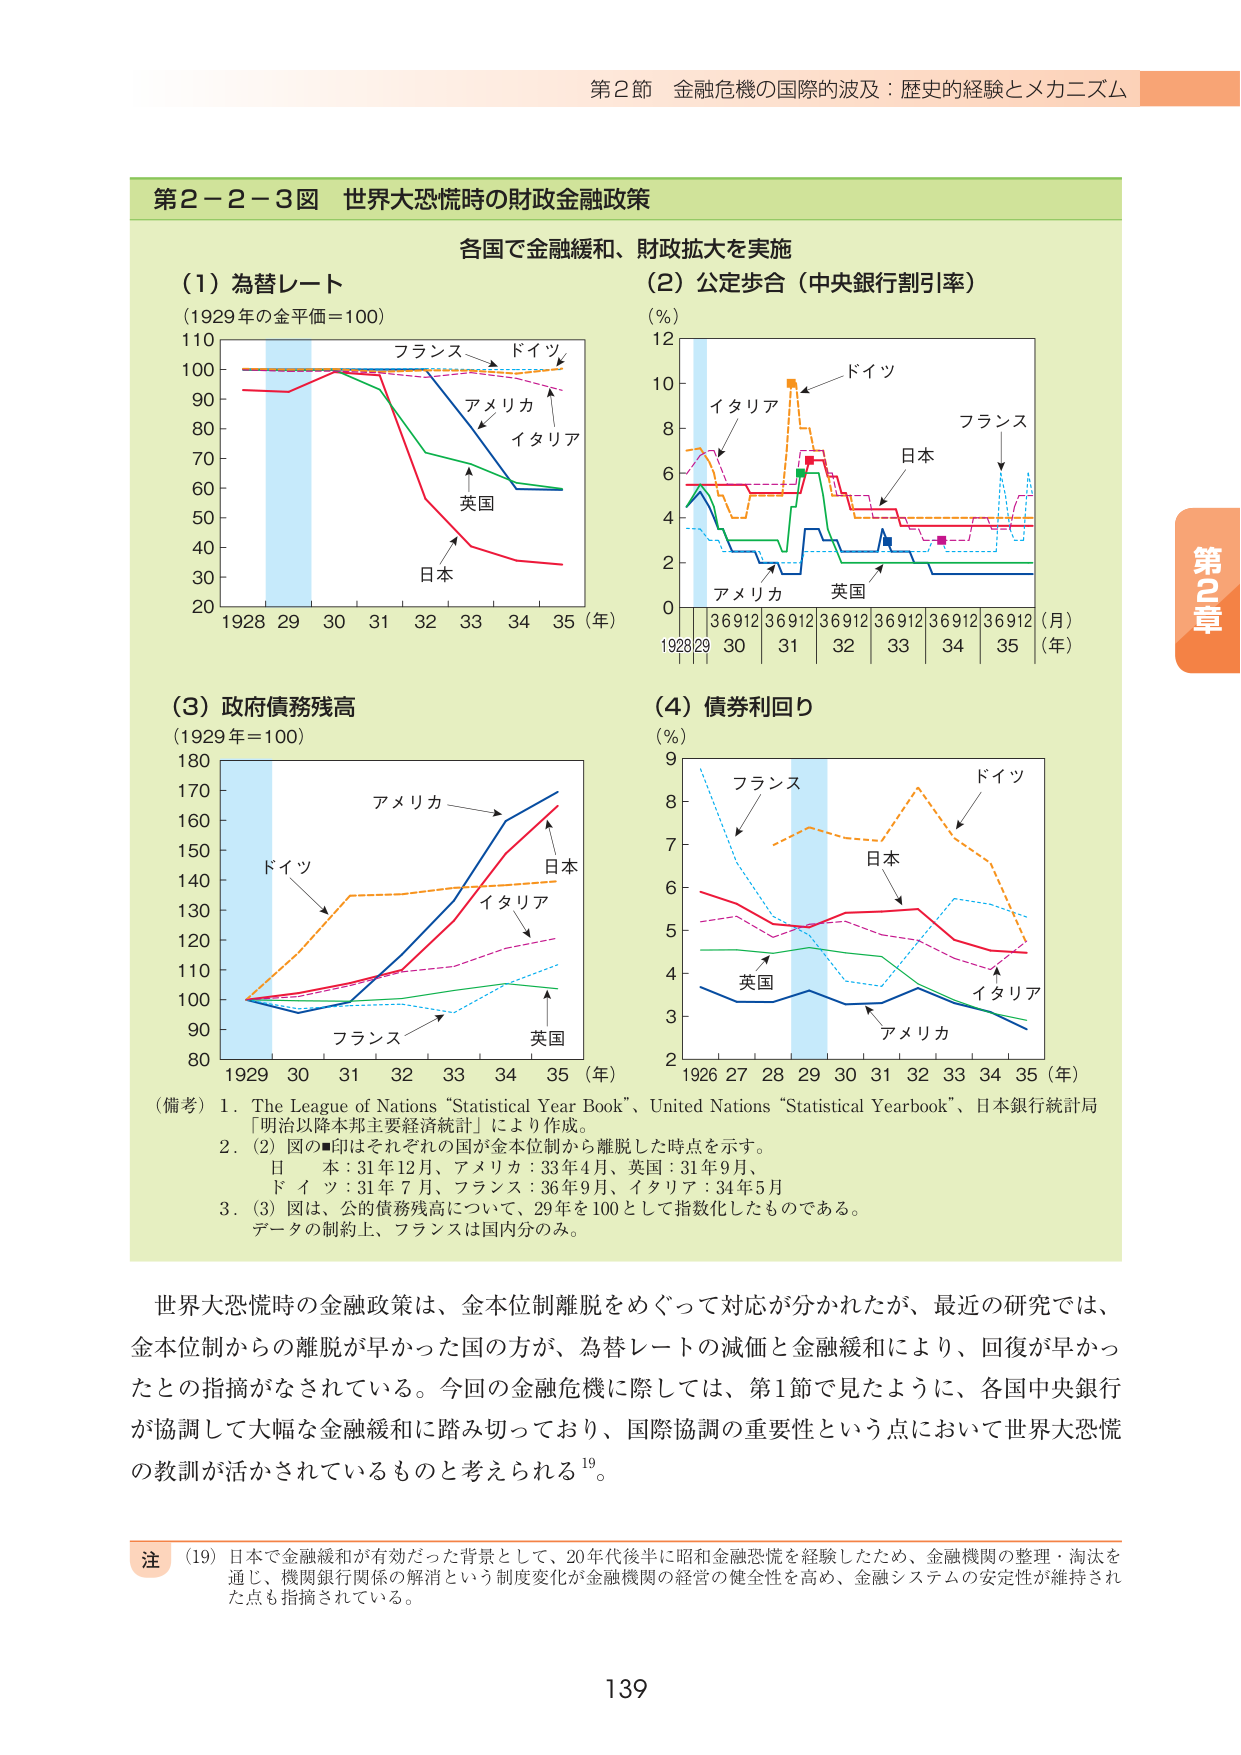
第2節 金融危機の国際的波及：歴史的経験とメカニズム

第2－2－3図 世界大恐慌時の財政金融政策

各国で金融緩和、財政拡大を実施

(1) 為替レート
(1929年の金平価＝100)
110
100
90
80
70
60
50
40
30
20
1928 29 30 31 32 33 34 35（年）
フランス
ドイツ
アメリカ
イタリア
英国
日本

(2) 公定歩合（中央銀行割引率）
(％)
12
10
8
6
4
2
0
1928 29 30 31 32 33 34 35（年）
36912 36912 36912 36912 36912 36912（月）
イタリア
ドイツ
フランス
日本
アメリカ
英国

(3) 政府債務残高
(1929年＝100)
180
170
160
150
140
130
120
110
100
90
80
1929 30 31 32 33 34 35（年）
アメリカ
ドイツ
日本
イタリア
フランス
英国

(4) 債券利回り
(％)
9
8
7
6
5
4
3
2
1926 27 28 29 30 31 32 33 34 35（年）
フランス
ドイツ
日本
イタリア
英国
アメリカ

（備考）1. The League of Nations “Statistical Year Book”, United Nations “Statistical Yearbook”、日本銀行統計局「明治以降本邦主要経済統計」により作成。
2. (2) 図の■印はそれぞれの国が金本位制から離脱した時点を示す。
　　日本：31年12月、アメリカ：33年4月、英国：31年9月、
　　ドイツ：31年7月、フランス：36年9月、イタリア：34年5月
3. (3) 図は、公的債務残高について、29年を100として指数化したものである。
　　データの制約上、フランスは国内分のみ。

世界大恐慌時の金融政策は、金本位制離脱をめぐって対応が分かれたが、最近の研究では、
金本位制からの離脱が早かった国の方が、為替レートの減価と金融緩和により、回復が早かったとの指摘がなされている。今回の金融危機に際しては、第1節で見たように、各国中央銀行が協調して大幅な金融緩和に踏み切っており、国際協調の重要性という点において世界大恐慌の教訓が活かされているものと考えられる¹⁹。

注 (19) 日本で金融緩和が有効だった背景として、20年代後半に昭和金融恐慌を経験したため、金融機関の整理・淘汰を通じ、機関銀行関係の解消という制度変化が金融機関の経営の健全性を高め、金融システムの安定性が維持された点も指摘されている。

139

第2章